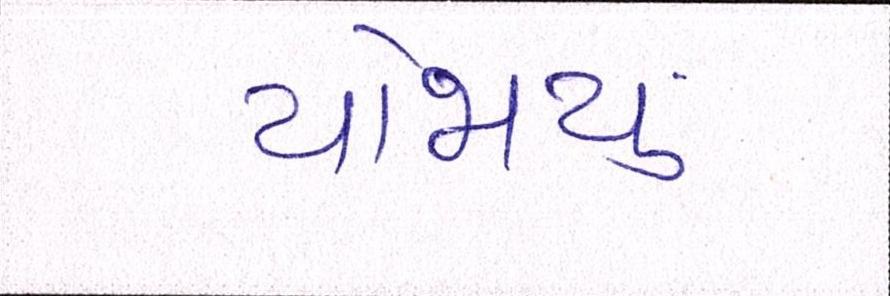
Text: યોજાયું